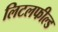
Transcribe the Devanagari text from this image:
लिटलफील्ड